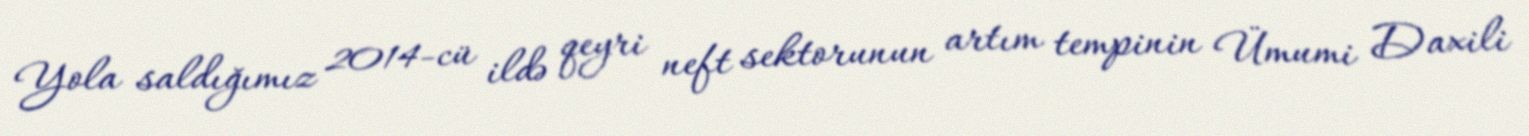
Yola saldığımız 2014-cü ildə qeyri neft sektorunun artım tempinin Ümumi Daxili